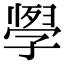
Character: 𭓗